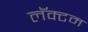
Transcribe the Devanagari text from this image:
लॅक्टम